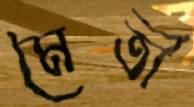
মৈত্রী